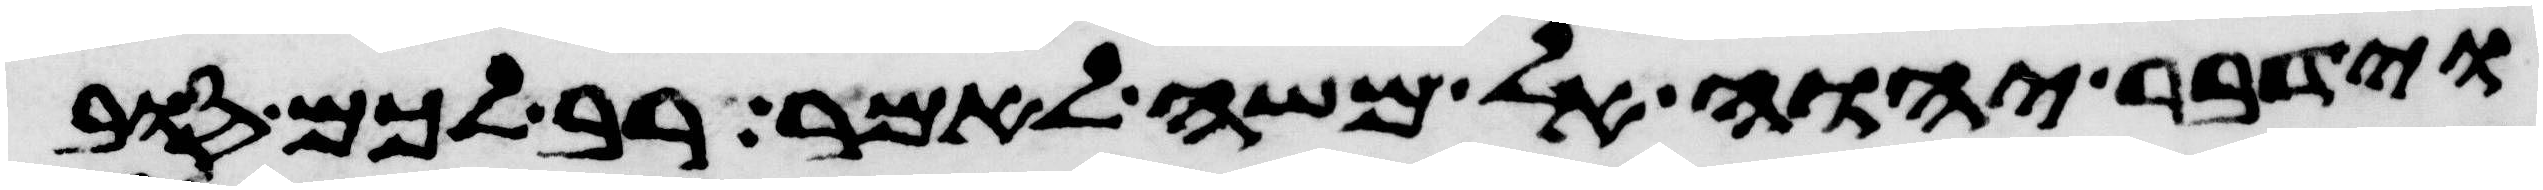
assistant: וידבר יהוה אל משה לאמר רב לכם סוב